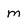
Character: m